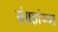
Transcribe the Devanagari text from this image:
संग्रहांच्या